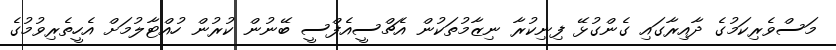
މަސްވެރިކަމުގެ ދާއިރާގައި ގެންގުޅޭ ފިނިކުރާ ނިޒާމުތަކުން އެޗްސީއެފްސީ ބޭނުން ކުރުން ހުއްޓާލުމަށް އެހީތެރިވުމުގެ